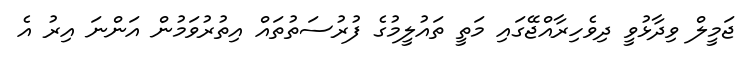
ޖަމީލް ވިދާޅުވީ ދިވެހިރާއްޖޭގައި މަތީ ތައުލީމުގެ ފުރުސަތުތައް އިތުރުވަމުން އަންނަ އިރު އެ